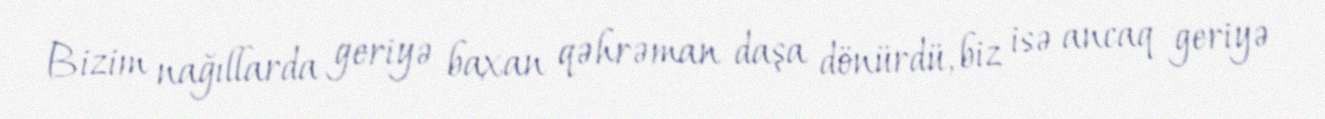
Bizim nağıllarda geriyə baxan qəhrəman daşa dönürdü, biz isə ancaq geriyə